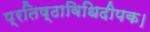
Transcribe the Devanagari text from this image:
प्रतिष्ठाविधिदीपक।